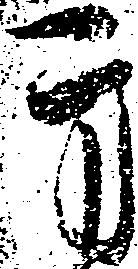
方